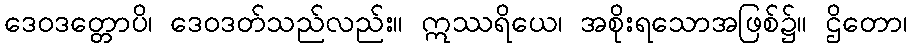
ဒေဝဒတ္တောပိ၊ ဒေဝဒတ်သည်လည်း။ ဣဿရိယေ၊ အစိုးရသောအဖြစ်၌။ ဌိတော၊